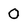
Character: O